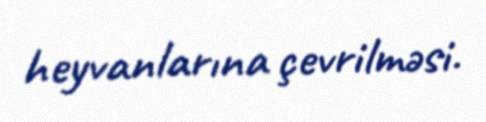
heyvanlarına çevrilməsi.